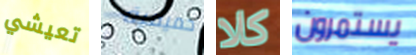
تعيشي حميمية كلا يستمرون